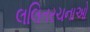
લલિતરચનાઓ